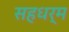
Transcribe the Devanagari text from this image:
सहधर्म